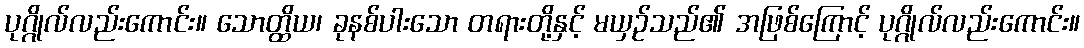
ပုဂ္ဂိုလ်လည်းကောင်း။ သောတ္ထိယ၊ ခုနစ်ပါးသော တရားတို့နှင့် မယှဉ်သည်၏ အဖြစ်ကြောင့် ပုဂ္ဂိုလ်လည်းကောင်း။